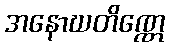
အနောဃတိဏ္ဏေ